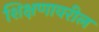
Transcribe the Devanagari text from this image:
शिक्षणावरील